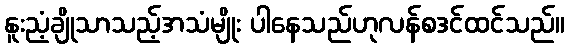
နူးညံ့ချိုသာသည့်အသံမျိုး ပါနေသည်ဟုလန်စဒင်ထင်သည်။